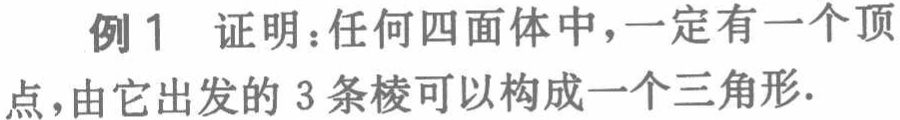
例1 证明：任何四面体中，一定有一个顶点，由它出发的 3 条棱可以构成一个三角形.